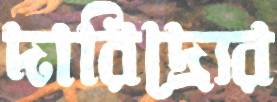
দারিদ্র্যের